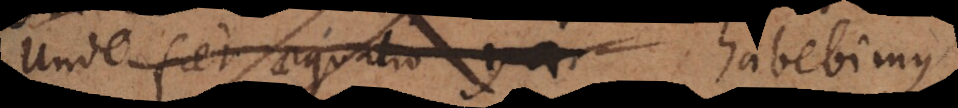
Unde fiet aequatio ya habebimus